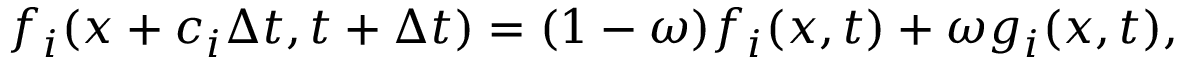
f _ { i } ( x + c _ { i } \Delta t , t + \Delta t ) = ( 1 - \omega ) f _ { i } ( x , t ) + \omega g _ { i } ( x , t ) ,